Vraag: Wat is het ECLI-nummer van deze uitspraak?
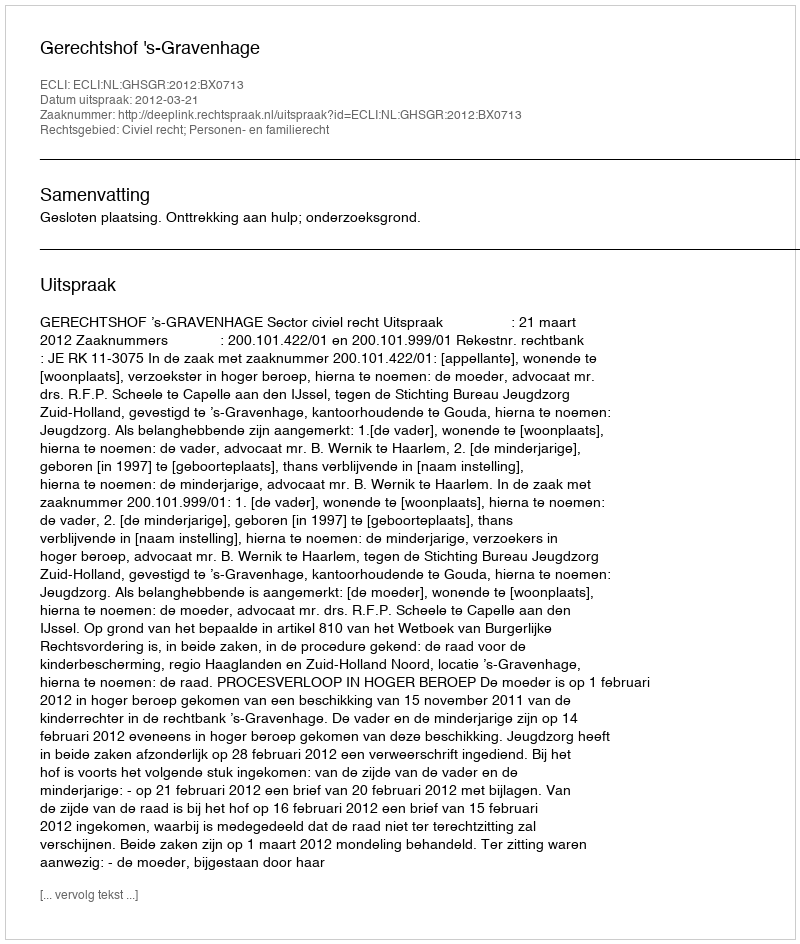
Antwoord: ECLI:NL:GHSGR:2012:BX0713